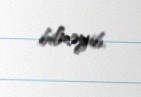
bilməyib.